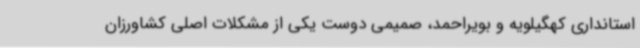
استانداری کهگیلویه و بویراحمد، صمیمی دوست یکی از مشکلات اصلی کشاورزان